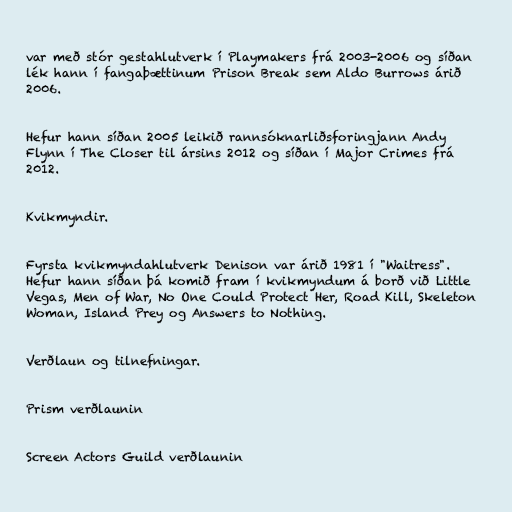
var með stór gestahlutverk í Playmakers frá 2003-2006 og síðan
lék hann í fangaþættinum Prison Break sem Aldo Burrows árið
2006.

Hefur hann síðan 2005 leikið rannsóknarliðsforingjann Andy
Flynn í The Closer til ársins 2012 og síðan í Major Crimes frá
2012.

Kvikmyndir.

Fyrsta kvikmyndahlutverk Denison var árið 1981 í "Waitress".
Hefur hann síðan þá komið fram í kvikmyndum á borð við Little
Vegas, Men of War, No One Could Protect Her, Road Kill, Skeleton
Woman, Island Prey og Answers to Nothing.

Verðlaun og tilnefningar.

Prism verðlaunin

Screen Actors Guild verðlaunin